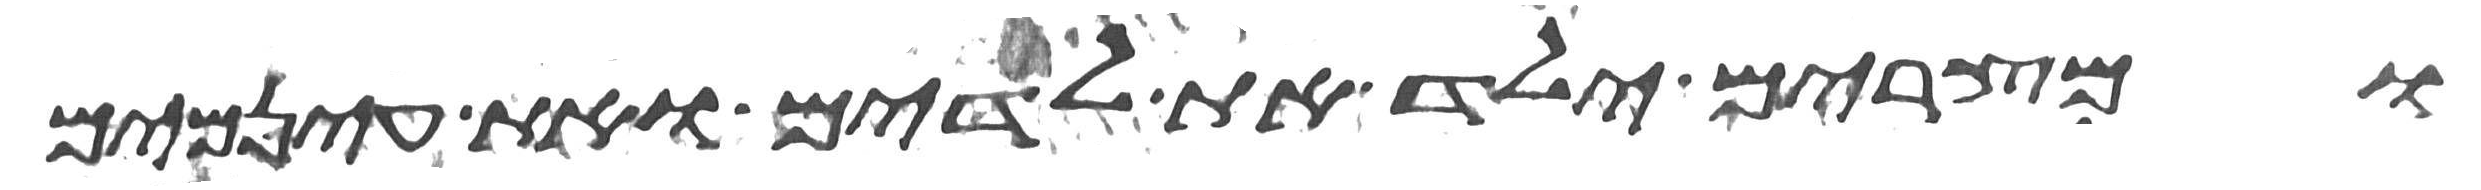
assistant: ומצרים ילד את לדים ואת עינמים